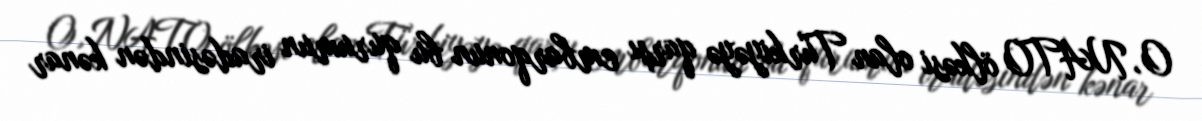
O, NATO ölkəsi olan Türkiyəyə qarşı embarqonun bu qurumun iradəsindən kənar